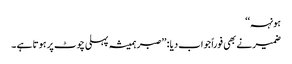
ہونہہ‘‘
ضمیرنے بھی فوراً جواب دیا : ’’صبر ہمیشہ پہلی چوٹ پر ہوتا ہے ۔